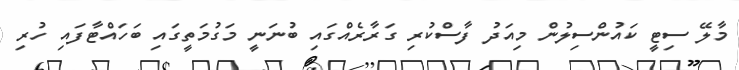
މާލޭ ސިޓީ ކައުންސިލުން މިއަދު ފާސްކުރި ގަރާރެއްގައި ބުނަނީ މަގުމަތީގައި ބަހައްޓާފައި ހުރި